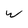
Character: w